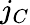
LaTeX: j_{C}